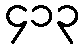
၄၁၃